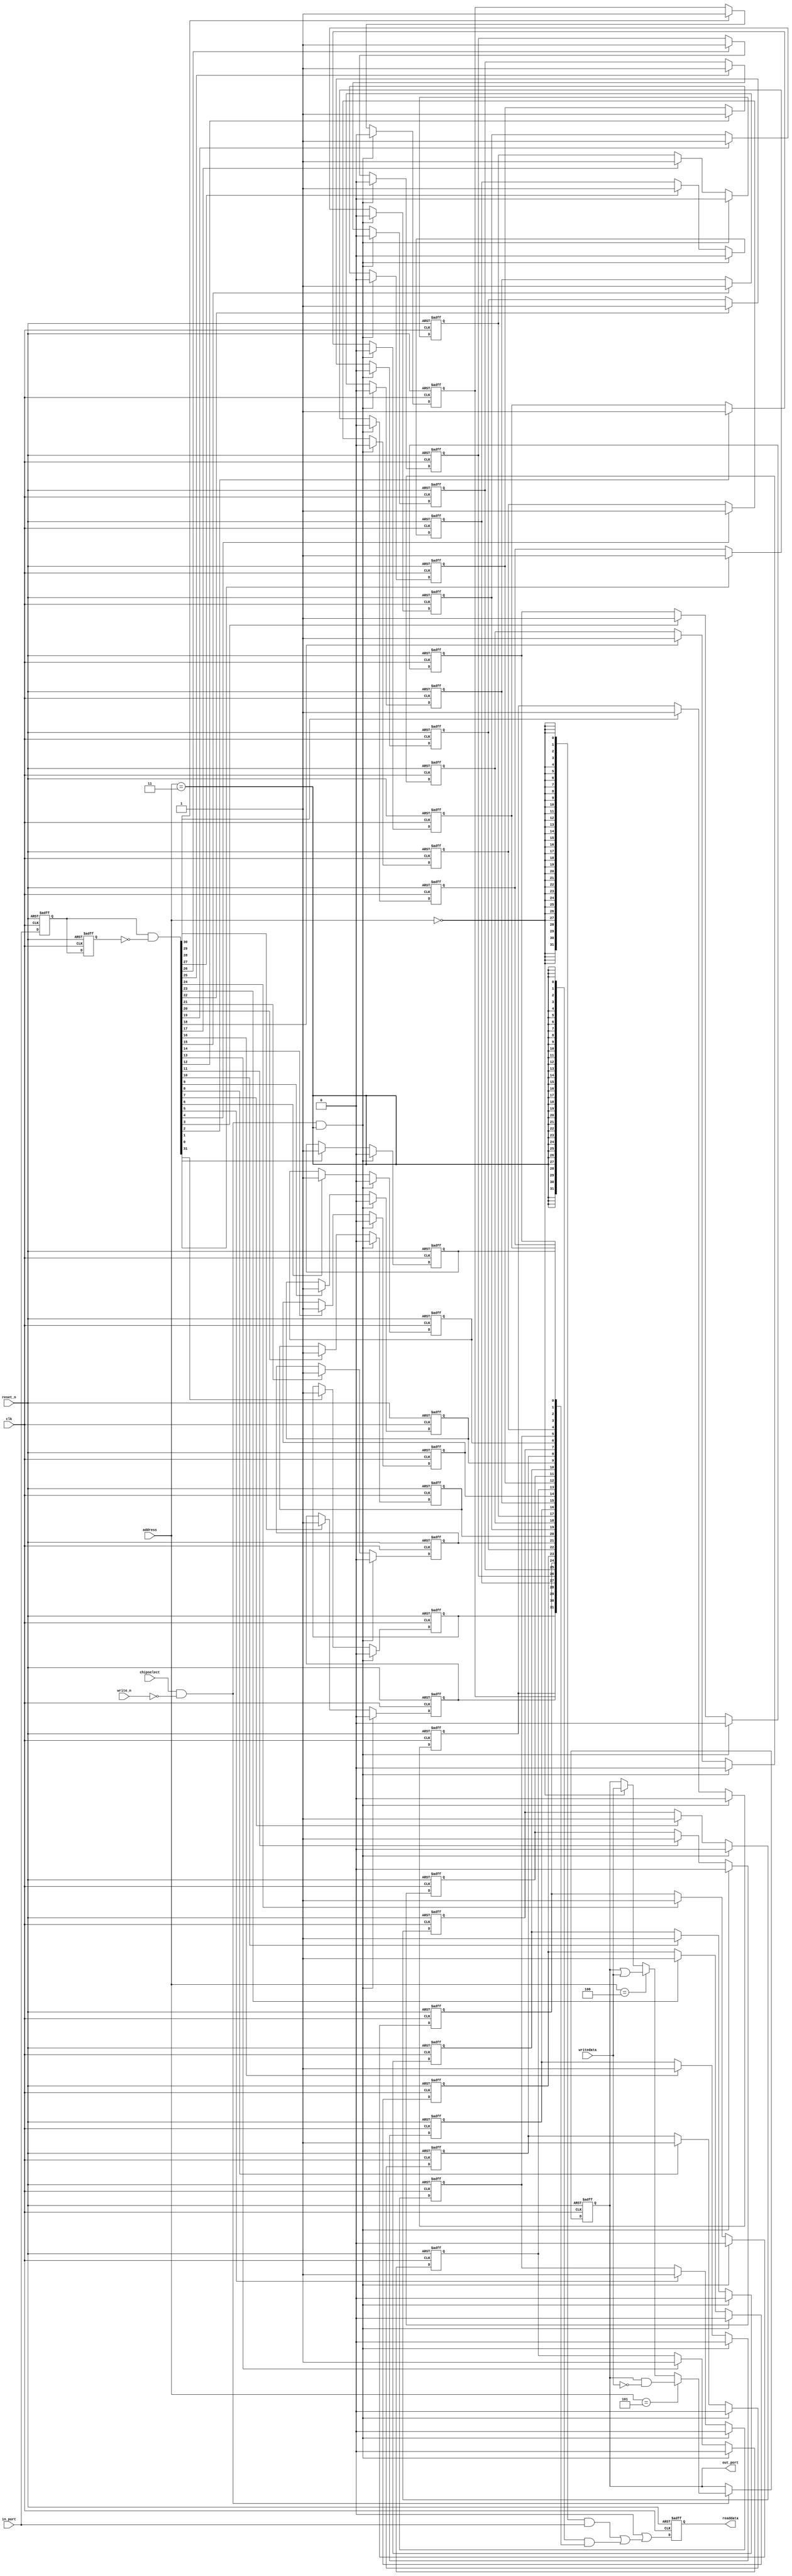
//Legal Notice: (C)2018 Altera Corporation. All rights reserved.  Your
//use of Altera Corporation's design tools, logic functions and other
//software and tools, and its AMPP partner logic functions, and any
//output files any of the foregoing (including device programming or
//simulation files), and any associated documentation or information are
//expressly subject to the terms and conditions of the Altera Program
//License Subscription Agreement or other applicable license agreement,
//including, without limitation, that your use is for the sole purpose
//of programming logic devices manufactured by Altera and sold by Altera
//or its authorized distributors.  Please refer to the applicable
//agreement for further details.

// synthesis translate_off
`timescale 1ns / 1ps
// synthesis translate_on

// turn off superfluous verilog processor warnings 
// altera message_level Level1 
// altera message_off 10034 10035 10036 10037 10230 10240 10030 

module cpu_sys_pio_0 (
                       // inputs:
                        address,
                        chipselect,
                        clk,
                        in_port,
                        reset_n,
                        write_n,
                        writedata,

                       // outputs:
                        out_port,
                        readdata
                     )
;

  output  [ 31: 0] out_port;
  output  [ 31: 0] readdata;
  input   [  2: 0] address;
  input            chipselect;
  input            clk;
  input   [ 31: 0] in_port;
  input            reset_n;
  input            write_n;
  input   [ 31: 0] writedata;

  wire             clk_en;
  reg     [ 31: 0] d1_data_in;
  reg     [ 31: 0] d2_data_in;
  wire    [ 31: 0] data_in;
  reg     [ 31: 0] data_out;
  reg     [ 31: 0] edge_capture;
  wire             edge_capture_wr_strobe;
  wire    [ 31: 0] edge_detect;
  wire    [ 31: 0] out_port;
  wire    [ 31: 0] read_mux_out;
  reg     [ 31: 0] readdata;
  wire             wr_strobe;
  assign clk_en = 1;
  //s1, which is an e_avalon_slave
  assign read_mux_out = ({32 {(address == 0)}} & data_in) |
    ({32 {(address == 3)}} & edge_capture);

  always @(posedge clk or negedge reset_n)
    begin
      if (reset_n == 0)
          readdata <= 0;
      else if (clk_en)
          readdata <= {32'b0 | read_mux_out};
    end


  assign wr_strobe = chipselect && ~write_n;
  always @(posedge clk or negedge reset_n)
    begin
      if (reset_n == 0)
          data_out <= 0;
      else if (clk_en)
          if (wr_strobe)
              data_out <= (address == 5)? data_out & ~writedata[31 : 0]: (address == 4)? data_out | writedata[31 : 0]: (address == 0)? writedata[31 : 0]: data_out;
    end


  assign out_port = data_out;
  assign data_in = in_port;
  assign edge_capture_wr_strobe = chipselect && ~write_n && (address == 3);
  always @(posedge clk or negedge reset_n)
    begin
      if (reset_n == 0)
          edge_capture[0] <= 0;
      else if (clk_en)
          if (edge_capture_wr_strobe)
              edge_capture[0] <= 0;
          else if (edge_detect[0])
              edge_capture[0] <= -1;
    end


  always @(posedge clk or negedge reset_n)
    begin
      if (reset_n == 0)
          edge_capture[1] <= 0;
      else if (clk_en)
          if (edge_capture_wr_strobe)
              edge_capture[1] <= 0;
          else if (edge_detect[1])
              edge_capture[1] <= -1;
    end


  always @(posedge clk or negedge reset_n)
    begin
      if (reset_n == 0)
          edge_capture[2] <= 0;
      else if (clk_en)
          if (edge_capture_wr_strobe)
              edge_capture[2] <= 0;
          else if (edge_detect[2])
              edge_capture[2] <= -1;
    end


  always @(posedge clk or negedge reset_n)
    begin
      if (reset_n == 0)
          edge_capture[3] <= 0;
      else if (clk_en)
          if (edge_capture_wr_strobe)
              edge_capture[3] <= 0;
          else if (edge_detect[3])
              edge_capture[3] <= -1;
    end


  always @(posedge clk or negedge reset_n)
    begin
      if (reset_n == 0)
          edge_capture[4] <= 0;
      else if (clk_en)
          if (edge_capture_wr_strobe)
              edge_capture[4] <= 0;
          else if (edge_detect[4])
              edge_capture[4] <= -1;
    end


  always @(posedge clk or negedge reset_n)
    begin
      if (reset_n == 0)
          edge_capture[5] <= 0;
      else if (clk_en)
          if (edge_capture_wr_strobe)
              edge_capture[5] <= 0;
          else if (edge_detect[5])
              edge_capture[5] <= -1;
    end


  always @(posedge clk or negedge reset_n)
    begin
      if (reset_n == 0)
          edge_capture[6] <= 0;
      else if (clk_en)
          if (edge_capture_wr_strobe)
              edge_capture[6] <= 0;
          else if (edge_detect[6])
              edge_capture[6] <= -1;
    end


  always @(posedge clk or negedge reset_n)
    begin
      if (reset_n == 0)
          edge_capture[7] <= 0;
      else if (clk_en)
          if (edge_capture_wr_strobe)
              edge_capture[7] <= 0;
          else if (edge_detect[7])
              edge_capture[7] <= -1;
    end


  always @(posedge clk or negedge reset_n)
    begin
      if (reset_n == 0)
          edge_capture[8] <= 0;
      else if (clk_en)
          if (edge_capture_wr_strobe)
              edge_capture[8] <= 0;
          else if (edge_detect[8])
              edge_capture[8] <= -1;
    end


  always @(posedge clk or negedge reset_n)
    begin
      if (reset_n == 0)
          edge_capture[9] <= 0;
      else if (clk_en)
          if (edge_capture_wr_strobe)
              edge_capture[9] <= 0;
          else if (edge_detect[9])
              edge_capture[9] <= -1;
    end


  always @(posedge clk or negedge reset_n)
    begin
      if (reset_n == 0)
          edge_capture[10] <= 0;
      else if (clk_en)
          if (edge_capture_wr_strobe)
              edge_capture[10] <= 0;
          else if (edge_detect[10])
              edge_capture[10] <= -1;
    end


  always @(posedge clk or negedge reset_n)
    begin
      if (reset_n == 0)
          edge_capture[11] <= 0;
      else if (clk_en)
          if (edge_capture_wr_strobe)
              edge_capture[11] <= 0;
          else if (edge_detect[11])
              edge_capture[11] <= -1;
    end


  always @(posedge clk or negedge reset_n)
    begin
      if (reset_n == 0)
          edge_capture[12] <= 0;
      else if (clk_en)
          if (edge_capture_wr_strobe)
              edge_capture[12] <= 0;
          else if (edge_detect[12])
              edge_capture[12] <= -1;
    end


  always @(posedge clk or negedge reset_n)
    begin
      if (reset_n == 0)
          edge_capture[13] <= 0;
      else if (clk_en)
          if (edge_capture_wr_strobe)
              edge_capture[13] <= 0;
          else if (edge_detect[13])
              edge_capture[13] <= -1;
    end


  always @(posedge clk or negedge reset_n)
    begin
      if (reset_n == 0)
          edge_capture[14] <= 0;
      else if (clk_en)
          if (edge_capture_wr_strobe)
              edge_capture[14] <= 0;
          else if (edge_detect[14])
              edge_capture[14] <= -1;
    end


  always @(posedge clk or negedge reset_n)
    begin
      if (reset_n == 0)
          edge_capture[15] <= 0;
      else if (clk_en)
          if (edge_capture_wr_strobe)
              edge_capture[15] <= 0;
          else if (edge_detect[15])
              edge_capture[15] <= -1;
    end


  always @(posedge clk or negedge reset_n)
    begin
      if (reset_n == 0)
          edge_capture[16] <= 0;
      else if (clk_en)
          if (edge_capture_wr_strobe)
              edge_capture[16] <= 0;
          else if (edge_detect[16])
              edge_capture[16] <= -1;
    end


  always @(posedge clk or negedge reset_n)
    begin
      if (reset_n == 0)
          edge_capture[17] <= 0;
      else if (clk_en)
          if (edge_capture_wr_strobe)
              edge_capture[17] <= 0;
          else if (edge_detect[17])
              edge_capture[17] <= -1;
    end


  always @(posedge clk or negedge reset_n)
    begin
      if (reset_n == 0)
          edge_capture[18] <= 0;
      else if (clk_en)
          if (edge_capture_wr_strobe)
              edge_capture[18] <= 0;
          else if (edge_detect[18])
              edge_capture[18] <= -1;
    end


  always @(posedge clk or negedge reset_n)
    begin
      if (reset_n == 0)
          edge_capture[19] <= 0;
      else if (clk_en)
          if (edge_capture_wr_strobe)
              edge_capture[19] <= 0;
          else if (edge_detect[19])
              edge_capture[19] <= -1;
    end


  always @(posedge clk or negedge reset_n)
    begin
      if (reset_n == 0)
          edge_capture[20] <= 0;
      else if (clk_en)
          if (edge_capture_wr_strobe)
              edge_capture[20] <= 0;
          else if (edge_detect[20])
              edge_capture[20] <= -1;
    end


  always @(posedge clk or negedge reset_n)
    begin
      if (reset_n == 0)
          edge_capture[21] <= 0;
      else if (clk_en)
          if (edge_capture_wr_strobe)
              edge_capture[21] <= 0;
          else if (edge_detect[21])
              edge_capture[21] <= -1;
    end


  always @(posedge clk or negedge reset_n)
    begin
      if (reset_n == 0)
          edge_capture[22] <= 0;
      else if (clk_en)
          if (edge_capture_wr_strobe)
              edge_capture[22] <= 0;
          else if (edge_detect[22])
              edge_capture[22] <= -1;
    end


  always @(posedge clk or negedge reset_n)
    begin
      if (reset_n == 0)
          edge_capture[23] <= 0;
      else if (clk_en)
          if (edge_capture_wr_strobe)
              edge_capture[23] <= 0;
          else if (edge_detect[23])
              edge_capture[23] <= -1;
    end


  always @(posedge clk or negedge reset_n)
    begin
      if (reset_n == 0)
          edge_capture[24] <= 0;
      else if (clk_en)
          if (edge_capture_wr_strobe)
              edge_capture[24] <= 0;
          else if (edge_detect[24])
              edge_capture[24] <= -1;
    end


  always @(posedge clk or negedge reset_n)
    begin
      if (reset_n == 0)
          edge_capture[25] <= 0;
      else if (clk_en)
          if (edge_capture_wr_strobe)
              edge_capture[25] <= 0;
          else if (edge_detect[25])
              edge_capture[25] <= -1;
    end


  always @(posedge clk or negedge reset_n)
    begin
      if (reset_n == 0)
          edge_capture[26] <= 0;
      else if (clk_en)
          if (edge_capture_wr_strobe)
              edge_capture[26] <= 0;
          else if (edge_detect[26])
              edge_capture[26] <= -1;
    end


  always @(posedge clk or negedge reset_n)
    begin
      if (reset_n == 0)
          edge_capture[27] <= 0;
      else if (clk_en)
          if (edge_capture_wr_strobe)
              edge_capture[27] <= 0;
          else if (edge_detect[27])
              edge_capture[27] <= -1;
    end


  always @(posedge clk or negedge reset_n)
    begin
      if (reset_n == 0)
          edge_capture[28] <= 0;
      else if (clk_en)
          if (edge_capture_wr_strobe)
              edge_capture[28] <= 0;
          else if (edge_detect[28])
              edge_capture[28] <= -1;
    end


  always @(posedge clk or negedge reset_n)
    begin
      if (reset_n == 0)
          edge_capture[29] <= 0;
      else if (clk_en)
          if (edge_capture_wr_strobe)
              edge_capture[29] <= 0;
          else if (edge_detect[29])
              edge_capture[29] <= -1;
    end


  always @(posedge clk or negedge reset_n)
    begin
      if (reset_n == 0)
          edge_capture[30] <= 0;
      else if (clk_en)
          if (edge_capture_wr_strobe)
              edge_capture[30] <= 0;
          else if (edge_detect[30])
              edge_capture[30] <= -1;
    end


  always @(posedge clk or negedge reset_n)
    begin
      if (reset_n == 0)
          edge_capture[31] <= 0;
      else if (clk_en)
          if (edge_capture_wr_strobe)
              edge_capture[31] <= 0;
          else if (edge_detect[31])
              edge_capture[31] <= -1;
    end


  always @(posedge clk or negedge reset_n)
    begin
      if (reset_n == 0)
        begin
          d1_data_in <= 0;
          d2_data_in <= 0;
        end
      else if (clk_en)
        begin
          d1_data_in <= data_in;
          d2_data_in <= d1_data_in;
        end
    end


  assign edge_detect = d1_data_in & ~d2_data_in;

endmodule